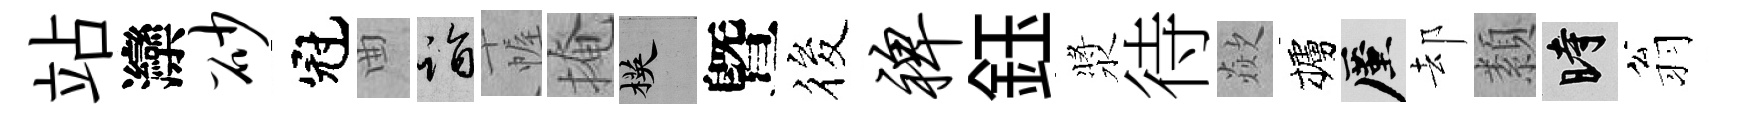
站灤砂冠曲诣幄掩楧曁筱裨鈺漿待歘櫨厪却纇时翁